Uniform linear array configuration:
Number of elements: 24
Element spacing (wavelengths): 0.5
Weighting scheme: kaiser
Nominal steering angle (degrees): -15
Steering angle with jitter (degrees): -15.497
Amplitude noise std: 0.05
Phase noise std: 0.05

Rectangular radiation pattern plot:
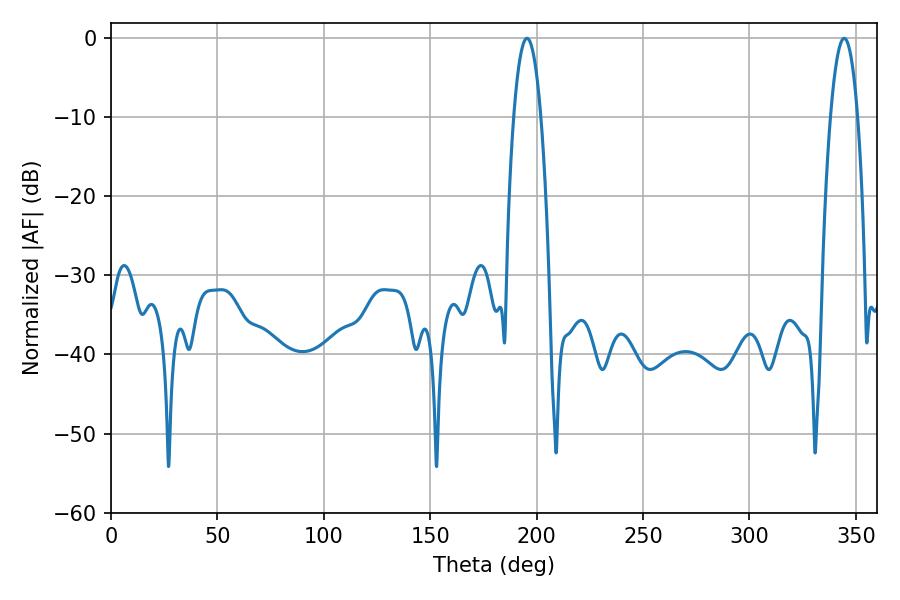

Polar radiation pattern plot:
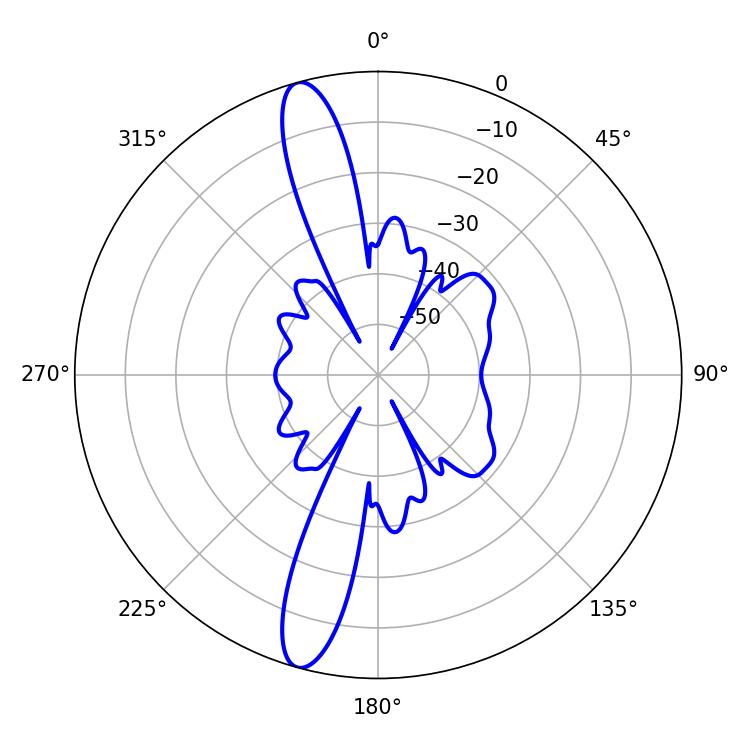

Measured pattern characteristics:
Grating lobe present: FALSE
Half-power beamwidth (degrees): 7.02
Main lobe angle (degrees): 195.48